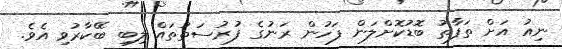
ނިއު އަށް ތަފާތު ބޮޑުކޮށްލަން ފަހުން ރަނުގެ ފުރުސަތުތައް ލިބި ބޭކާރުވި އެވެ.